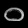
Digit: ၀